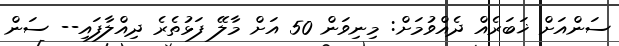
ސަންއަށް ޚަބަރެއް ދެއްވުމަށް: މިނިވަން 50 އަށް މާލޭ ފަޅުތެރެ ދިއްލާފައި-- ސަން